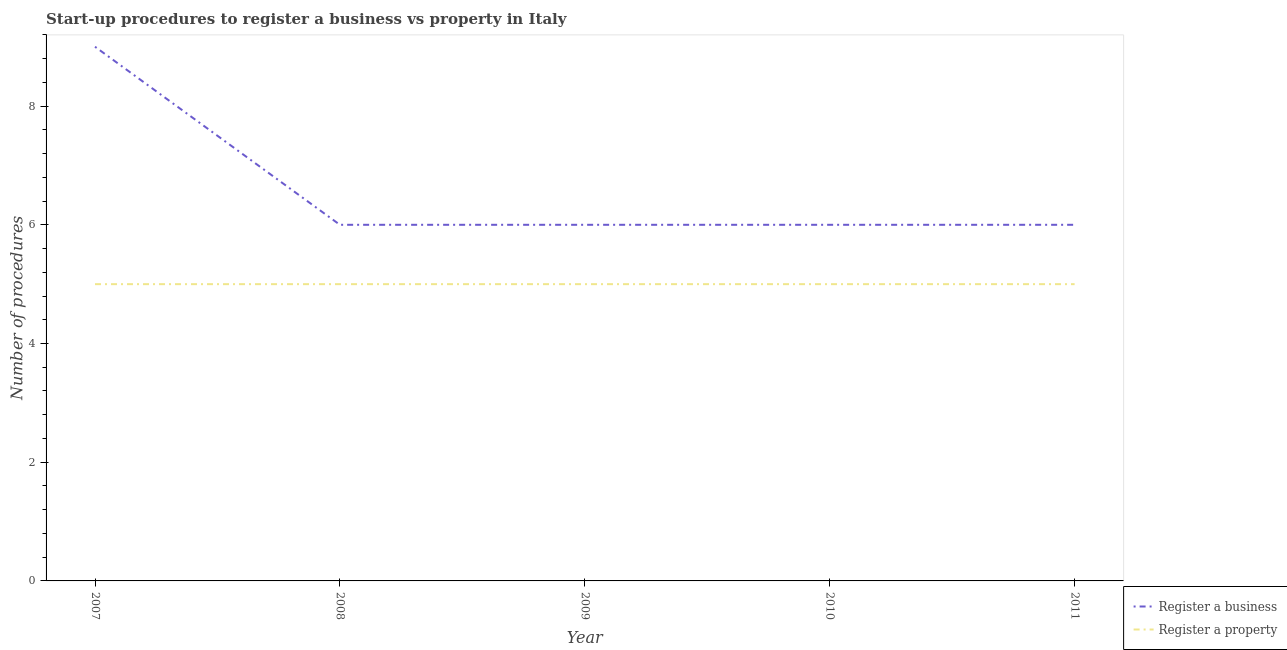
| Year | Register a business | Register a property |
 | --- | --- | --- |
 | 2007 | 9 | 5 |
 | 2008 | 6 | 5 |
 | 2009 | 6 | 5 |
 | 2010 | 6 | 5 |
 | 2011 | 6 | 5 |